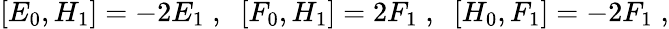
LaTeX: [E_{0},H_{1}]=-2E_{1}\; ,\; \; [F_{0},H_{1}]=2F_{1}\; ,\; \; [H_{0},F_{1}]=-2F_{1}\; ,